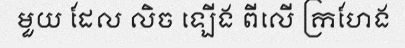
មួយ ដែល លិច ឡើង ពីលើ ក្រហែង